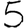
Digit: 5